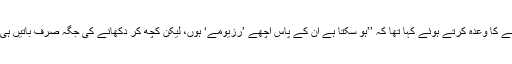
اپریل میں بیرونی پالیسی پر اپنے پہلے اہم خطاب میں، ٹرمپ نے تجربے کار افراد سے دور رہنے کا وعدہ کرتے ہوئے کہا تھا کہ ’’ہو سکتا ہے اُن کے پاس اچھے ’رزیومے‘ ہوں، لیکن کچھ کر دکھانے کی جگہ صرف باتیں ہی ہوں، جو صرف ناکام پالیسیوں اور جنگوں میں نقصانات جھیلنے کی طویل تاریخ رکھتے ہوں ‘‘۔